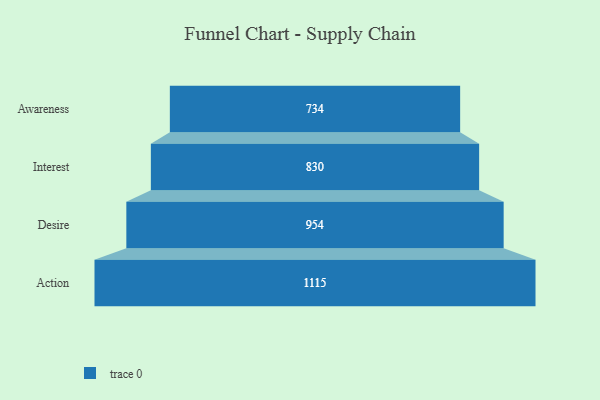
{"axis": {"x": "Stage", "y": "Value"}, "legend": [""], "data": [{"x": "Awareness", "y": 734.0, "type": ""}, {"x": "Interest", "y": 830.0, "type": ""}, {"x": "Desire", "y": 954.0, "type": ""}, {"x": "Action", "y": 1115.0, "type": ""}]}